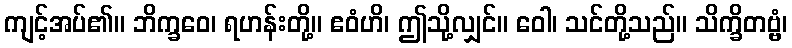
ကျင့်အပ်၏။ ဘိက္ခဝေ၊ ရဟန်းတို့။ ဧဝံဟိ၊ ဤသို့လျှင်။ ဝေါ၊ သင်တို့သည်။ သိက္ခိတဗ္ဗံ၊